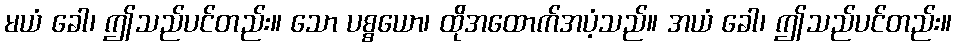
မယံ ခေါ၊ ဤသည်ပင်တည်း။ သော ပစ္စယော၊ ထိုအထောက်အပံ့သည်။ အယံ ခေါ၊ ဤသည်ပင်တည်း။